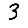
Digit: 3